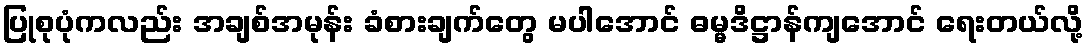
ပြုစုပုံကလည်း အချစ်အမုန်း ခံစားချက်တွေ မပါအောင် ဓမ္မဒိဋ္ဌာန်ကျအောင် ရေးတယ်လို့